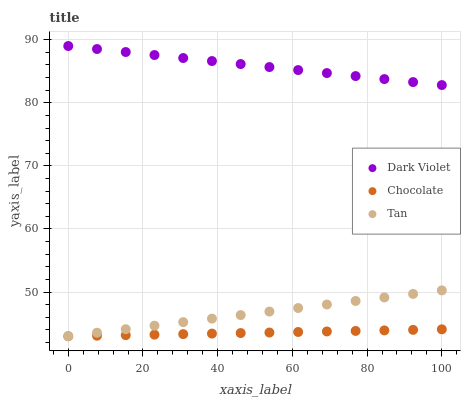
| xaxis_label | Dark Violet | Chocolate | Tan |
 | --- | --- | --- | --- |
 | 0 | 89 | 43 | 43 |
 | 7.69 | 88.5 | 43.1 | 43.6 |
 | 15.4 | 88 | 43.2 | 44.1 |
 | 23.1 | 87.6 | 43.3 | 44.7 |
 | 30.8 | 87.1 | 43.3 | 45.2 |
 | 38.5 | 86.6 | 43.4 | 45.8 |
 | 46.2 | 86.1 | 43.5 | 46.4 |
 | 53.8 | 85.7 | 43.6 | 46.9 |
 | 61.5 | 85.2 | 43.7 | 47.5 |
 | 69.2 | 84.7 | 43.8 | 48 |
 | 76.9 | 84.2 | 43.8 | 48.6 |
 | 84.6 | 83.8 | 43.9 | 49.1 |
 | 92.3 | 83.3 | 44 | 49.7 |
 | 100 | 82.8 | 44.1 | 50.3 |